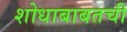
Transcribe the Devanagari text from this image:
शोधाबाबतची